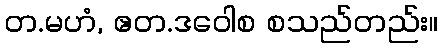
တ.မဟံ, ဧတ.ဒဝေါစ စသည်တည်း။